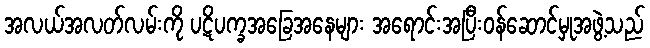
အလယ်အလတ်လမ်းကို ပဋိပက္ခအခြေအနေများ အရောင်းအပြီးဝန်ဆောင်မှုအဖွဲ့သည်